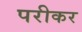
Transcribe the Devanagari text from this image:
परीकर